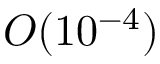
O ( 1 0 ^ { - 4 } )